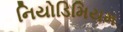
નિયોડિમિયમ